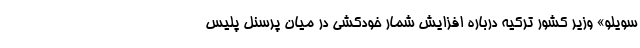
سویلو» وزیر کشور ترکیه درباره افزایش شمار خودکشی در میان پرسنل پلیس